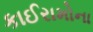
કાઈરામોના